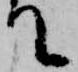
て